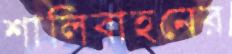
শালিবাহনের